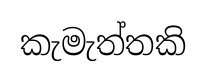
කැමැත්තකි